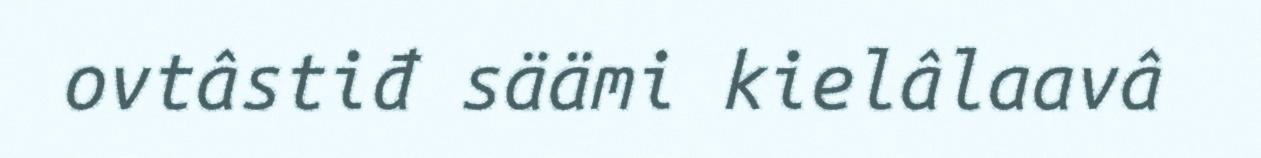
ovtâstiđ säämi kielâlaavâ